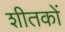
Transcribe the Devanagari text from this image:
शीतकों